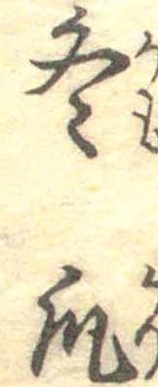
冬瓜